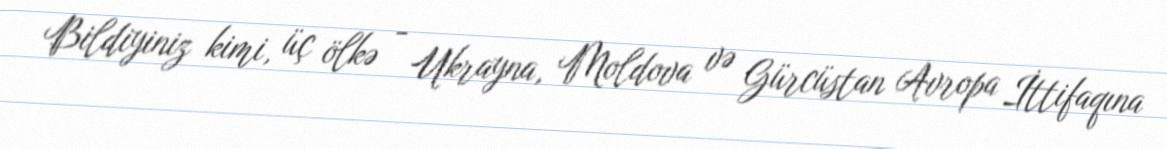
Bildiyiniz kimi, üç ölkə - Ukrayna, Moldova və Gürcüstan Avropa İttifaqına